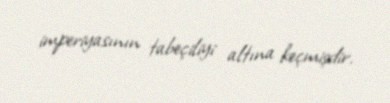
imperiyasının tabeçiliyi altına keçmişdir.